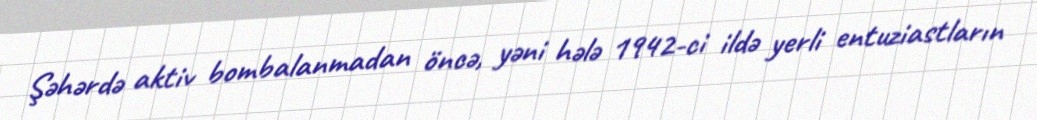
Şəhərdə aktiv bombalanmadan öncə, yəni hələ 1942-ci ildə yerli entuziastların